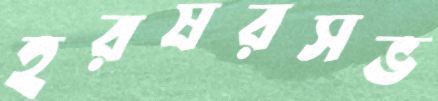
হরষরসভ